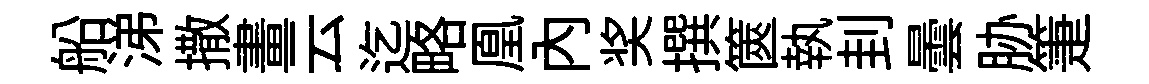
船涕撒畫云迄略凰內奖撰篋執刲曇胁箑